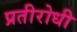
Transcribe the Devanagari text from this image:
प्रतीरोधी